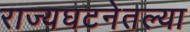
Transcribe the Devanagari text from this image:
राज्यघटनेतल्या